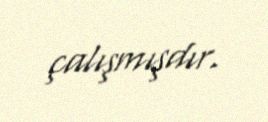
çalışmışdır.